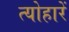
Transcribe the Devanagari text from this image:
त्योहारें